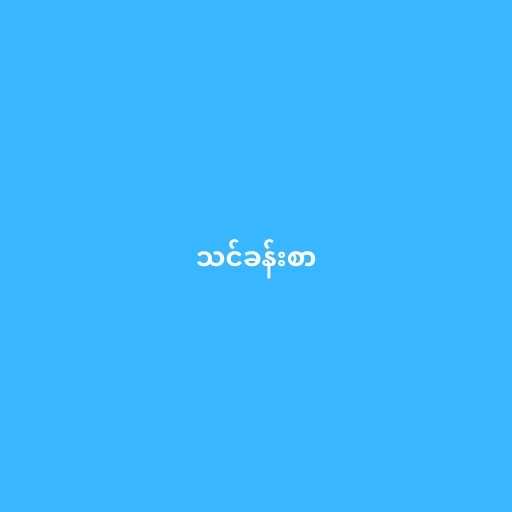
သင်ခန်းစာ